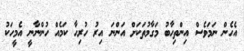
އެހެން ނަމަވެސް އިންތިހާބު މަގާމުތަކަށް އަންނަ އިރު ހުރިހާ ކަމެއް ހުންނާނީ އެމީހަކު